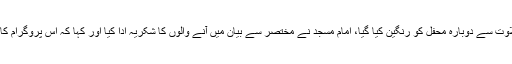
عشاء کی نماز کے بعد چائے کا وقفہ تھا، پھر تلاوت سے دوبارہ محفل کو رنگین کیا گیا، امام مسجد نے مختصر سے بیان میں آنے والوں کا شکریہ ادا کیا اور کہا کہ اس پروگرام کا مقصد صرف کس صف میں ہونے کا اظہار ہے۔